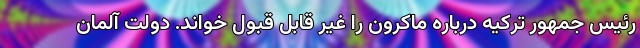
رئیس جمهور ترکیه درباره ماکرون را غیر قابل قبول خواند. دولت آلمان